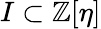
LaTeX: I\subset\mathbb{Z}[\eta]